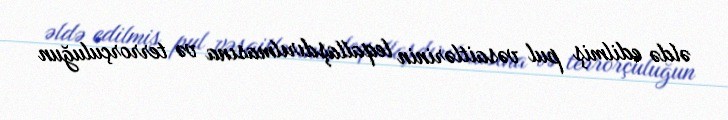
əldə edilmiş pul vəsaitlərinin leqallaşdırılmasına və terrorçuluğun